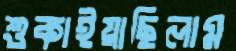
শুকাইয়াছিলাম